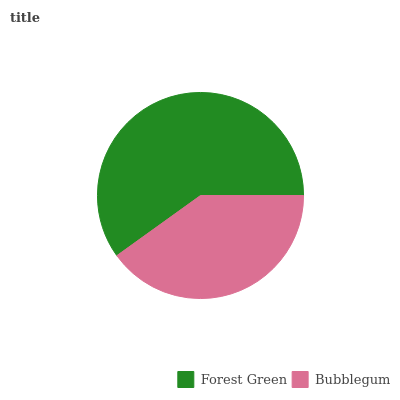
| Forest Green | Bubblegum |
 | --- | --- |
 | 59.9% | 40.1% |